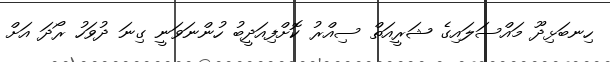
ހިނބަޅިދޫ މައްސަލައިގެ ޝަރީއަތް ސިއްރު ކޮށްފިއަދީބު ހުންނަވަނީ ގިނަ ދުވަހު ރޯދަ އަށް